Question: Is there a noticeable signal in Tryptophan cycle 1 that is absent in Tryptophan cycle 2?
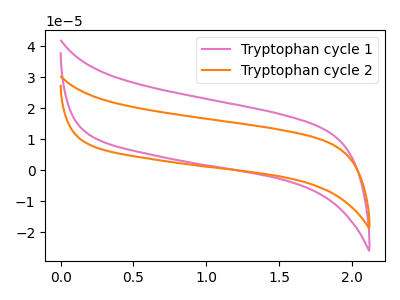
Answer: <think>The pink curve "Tryptophan cycle 1" has no peaks. The orange curve "Tryptophan cycle 2" has no peaks.
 Neither "Tryptophan cycle 1" or "Tryptophan cycle 2" have any peaks.</think>
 <answer>No, "Tryptophan cycle 1" and "Tryptophan cycle 2" don't appear to be significantly different in shape</answer>
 <eval>no_change</eval>